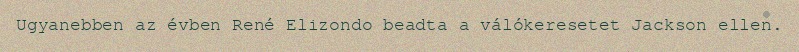
Ugyanebben az évben René Elizondo beadta a válókeresetet Jackson ellen.